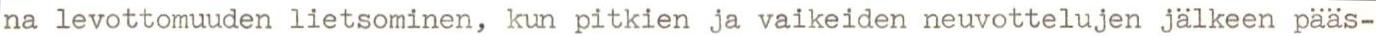
na levottomuuden lietsominen, kun pitkien ja vaikeiden neuvottelujen jälkeen pääs-